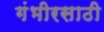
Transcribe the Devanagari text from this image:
गंभीरसाठी